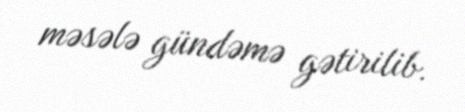
məsələ gündəmə gətirilib.